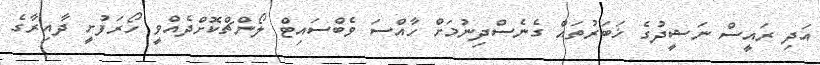
އަދި ރައީސް ނަޝީދުގެ ޚަބަރުތައް ގެނެސްދިނުމަށް ހާއްސަ ވެބްސައިޓް ލޯންޗްކޮށްދެއްވީ ހޯރަފުށީ ދާއިރާގެ